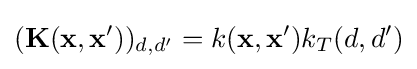
(\mathbf {K} (\mathbf {x} ,\mathbf {x'} ))_{d,d'}=k(\mathbf {x} ,\mathbf {x'} )k_{T}(d,d')